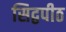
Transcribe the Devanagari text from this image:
सिद्वपीठ